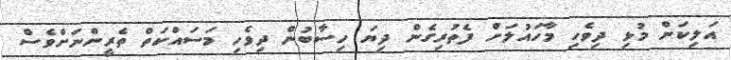
އަލިކަން މުޅި ދިވެހި މާހައުލަށް ފެތުރިގެން ދިޔަ ހިސާބުން ދިވެހި މަސައްކަތް ތެރީންނަށްވެސް